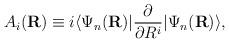
LaTeX: \begin{align*}A_{i}({\bf R})\equiv i\langle\Psi_{n}({\bf R})|\frac{\partial}{\partial R^{i}} |\Psi_{n}({\bf R}) \rangle,\end{align*}